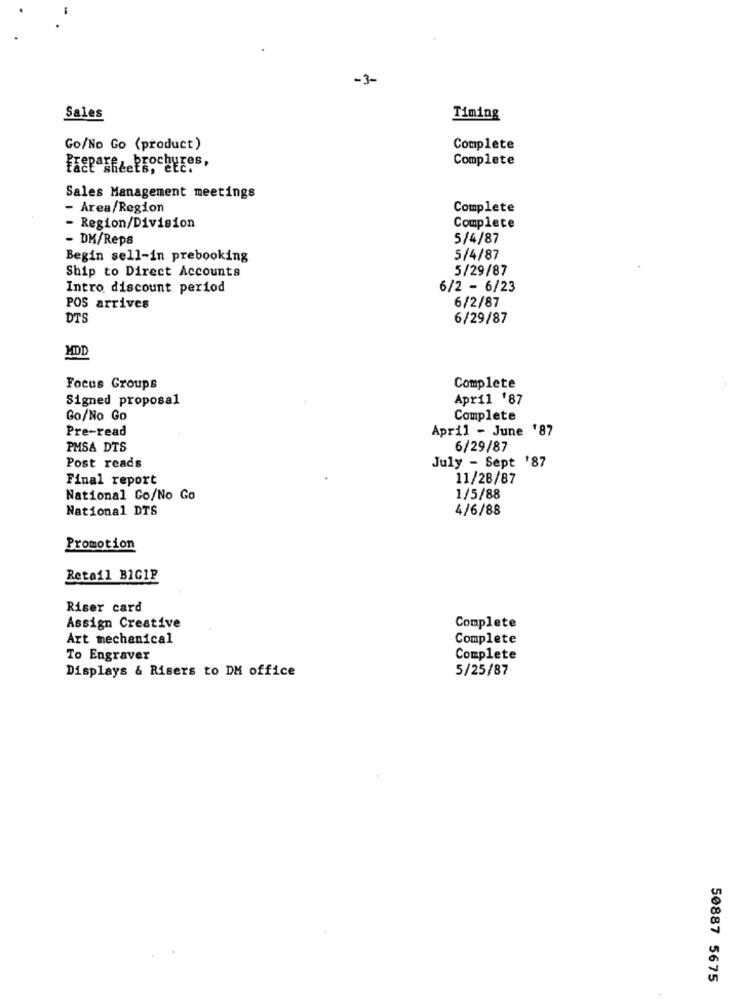
-3-
Sales
Timing
Go/No Go (product)
Complete
ures,
Complete
Sales Management meetings
- Area/Region
Complete
Region/Division
Complete
- DK/Reps
5/4/87
Begin sell-in prebooking
5/4/87
Ship to Direct Accounts
5/29/87
Intro discount period
6/2 - 6/23
POS arrives
6/2/87
DTS
6/29/87
MDI
Complete
Focus Groups
Signed proposal
April '87
Go/No Go
Complete
Pre-read
April - June '87
PMSA DTS
6/29/87
July - Sept '87
Post reads
Final report
11/28/87
National Co/No Go
1/5/88
National DTS
4/6/88
Promotion
Retail BIGIP
Riser card
Assign Creative
Complete
Art mechanical
Complete
To Engraver
Complete
5/25/87
Displays & Risers to DM office
50887 5675